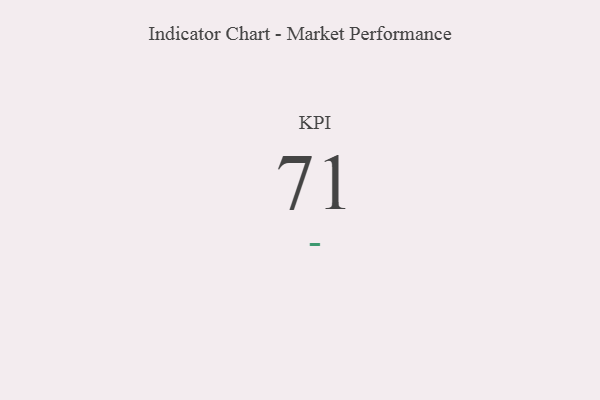
{"axis": {"x": "KPI", "y": "Value"}, "legend": [""], "data": [{"x": "KPI", "y": 71, "type": ""}]}